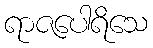
ရာဇပေါရိသေ